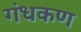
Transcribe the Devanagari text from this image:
गंधकण